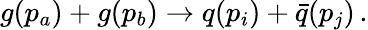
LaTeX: g(p_{a})+g(p_{b})\rightarrow q(p_{i})+{\bar{q}}(p_{j})\, .